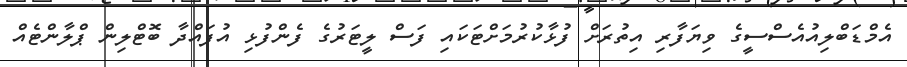
އެމްޑަބްލިއުއެސްސީގެ ވިޔަފާރި އިތުރަށް ފުޅާކުރުމަށްޓަކައި ފަސް ލީޓަަރުގެ ފެންފުޅި އުފައްދާ ބޮޓްލިން ޕްލާންޓެއް